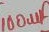
Text: 100µF